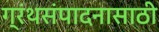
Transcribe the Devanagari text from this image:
ग्रंथसंपादनासाठी